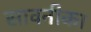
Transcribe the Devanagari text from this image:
सावनीका